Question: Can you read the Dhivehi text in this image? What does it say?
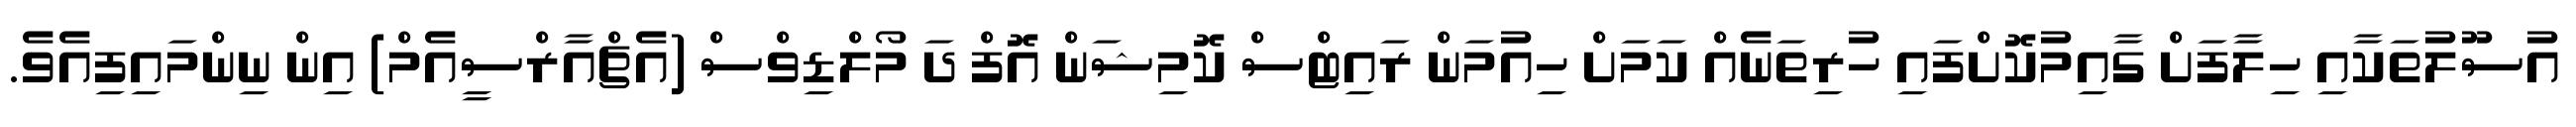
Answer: އުސޫލުތަކާއި ހިލާފަށް ގާއިމުކޮށްފައި ހުރިތަނެއް ކަމަށް ހިއުމަން ރައިޓްސް ކޮމިޝަން އޮފް ދަ މޯލްޑިވްސް (އެޗްއާރްސީއެމް) އިން ނިންމައިފިއެވެ.